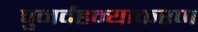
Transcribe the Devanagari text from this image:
पुनर्वहन्‍याकरण